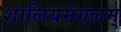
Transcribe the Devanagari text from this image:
शालियमंगलम्‌